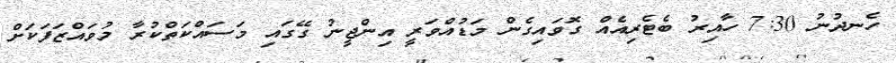
ހެނދުނު 7:30 ހާއިރު ބެޓެރިއެއް ގޮވައިގެން މަޑުއްވަރީ އިންޖީނު ގޭގައި މަސައްކަތްކުރާ މުވައްޒަފަކަށް